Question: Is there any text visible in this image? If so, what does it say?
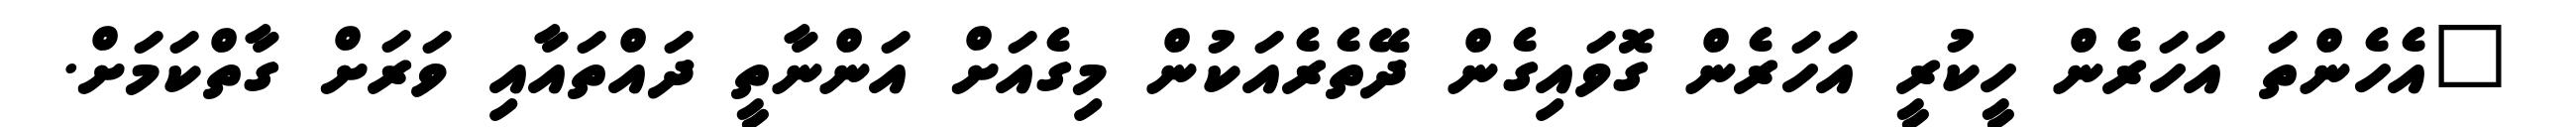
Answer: "އެހެންތަ އަހަރެން ހީކުރީ އަހަރެން ގޮވައިގެން ދޭތެރެއަކުން މިގެއަށް އަންނާތީ ދައްތައާއި ވަރަށް ގާތްކަމަށް.